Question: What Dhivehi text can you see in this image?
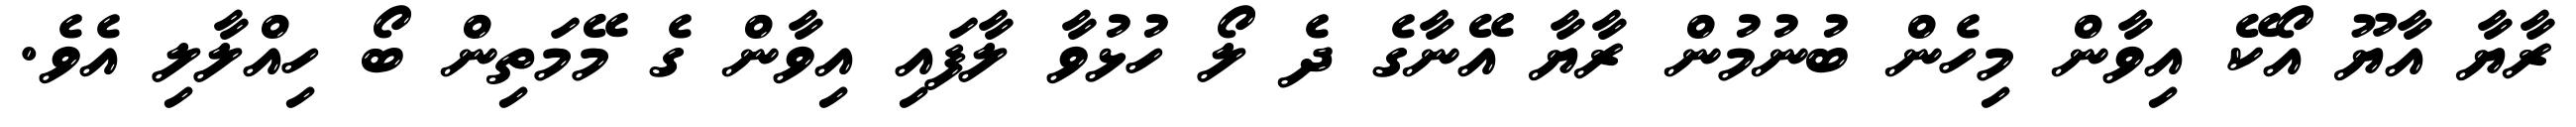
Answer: ރާޔާ އާޔޫ އޯކޭ އިވާން މިހެން ބުނުމުން ރާޔާ އޭނާގެ ދެ ލޯ ހުޅުވާ ލާފައި އިވާން ގެ މޭމަތިން ބޯ ހިއްލާލި އެވެ.